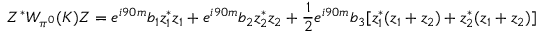
Z ^ { * } W _ { \pi ^ { 0 } } ( K ) Z = e ^ { i 9 0 m } b _ { 1 } z _ { 1 } ^ { * } z _ { 1 } + e ^ { i 9 0 m } b _ { 2 } z _ { 2 } ^ { * } z _ { 2 } + \frac 1 2 e ^ { i 9 0 m } b _ { 3 } [ z _ { 1 } ^ { * } ( z _ { 1 } + z _ { 2 } ) + z _ { 2 } ^ { * } ( z _ { 1 } + z _ { 2 } ) ]